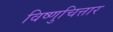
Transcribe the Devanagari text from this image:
विष्णुचित्तार